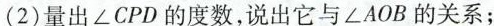
((2)量出∠CPD的度数，说出它与∠AOB的关系；